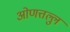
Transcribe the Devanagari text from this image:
ओणत्तल्लु